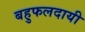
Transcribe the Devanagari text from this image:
बहुफलदायी